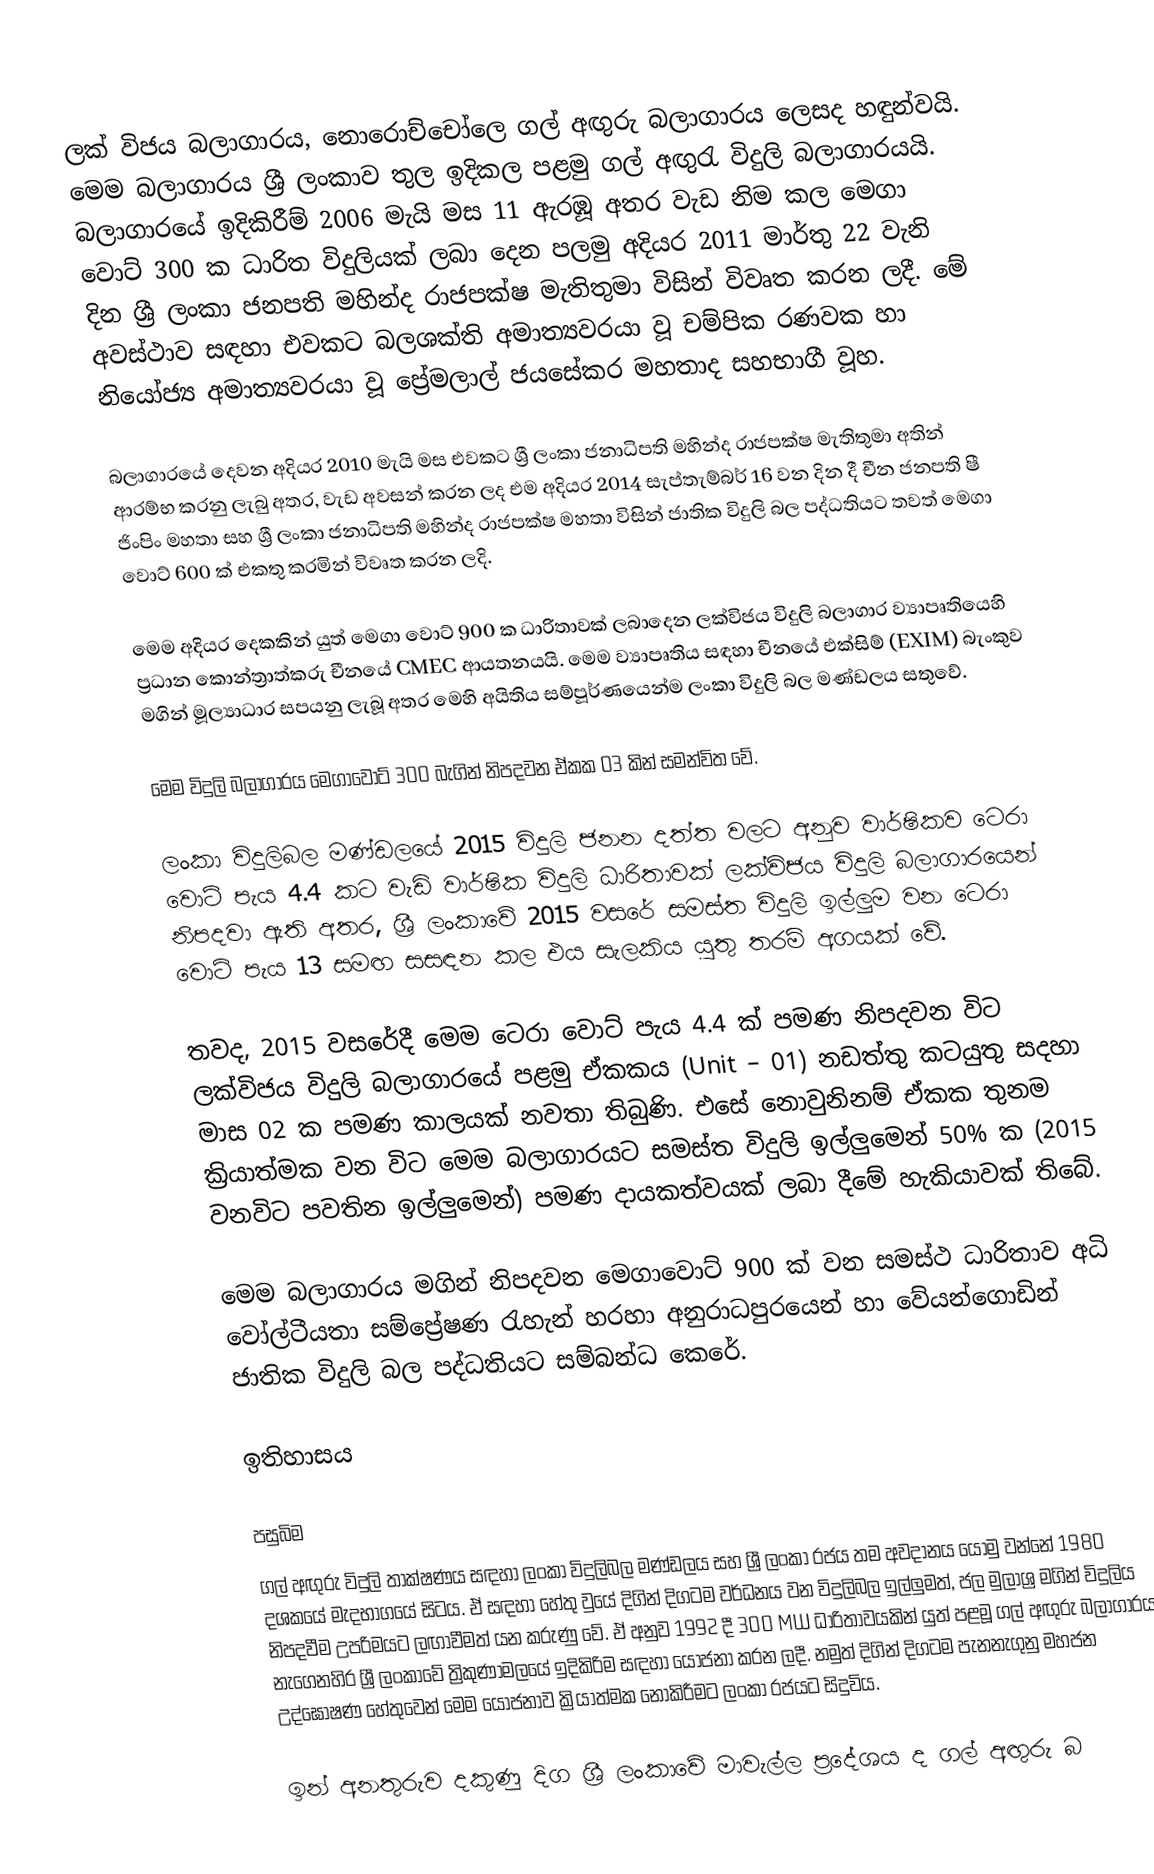
ලක් විජය බලාගාරය, නොරොච්චෝලෙ ගල් අඟුරු බලාගාරය ලෙසද හඳුන්වයි. මෙම බලාගාරය ශ්‍රී ලංකාව තුල ඉදිකල පළමු ගල් අඟුරැ විදුලි බලාගාරයයි. බලාගාරයේ ඉදිකිරීම් 2006 මැයි මස 11 ඇරඹූ අතර වැඩ නිම කල මෙගා වොට් 300 ක ධාරිත විදුලියක් ලබා දෙන පලමු අදියර 2011 මාර්තු 22 වැනි දින ශ්‍රී ලංකා ජනපති මහින්ද රාජපක්ෂ මැතිතුමා විසින් විවෘත කරන ලදී. මේ අවස්ථාව සඳහා එවකට බලශක්ති අමාත්‍යවරයා වූ චම්පික රණවක හා නියෝජ්‍ය අමාත්‍යවරයා වූ ප්‍රේමලාල් ජයසේකර මහතාද සහභාගී වූහ.

බලාගාරයේ දෙවන අදියර 2010 මැයි මස එවකට ශ්‍රී ලංකා ජනාධිපති මහින්ද රාජපක්ෂ මැතිතුමා අතින් ආරම්භ කරනු ලැබු අතර, වැඩ අවසන් කරන ලද එම අදියර 2014 සැප්තැම්බර් 16 වන දින දී චීන ජනපති ෂී ජිංපිං මහතා සහ ශ්‍රී ලංකා ජනාධිපති මහින්ද රාජපක්ෂ මහතා විසින් ජාතික විදුලි බල පද්ධතියට තවත් මෙගා වොට් 600 ක් එකතු කරමින් විවෘත කරන ලදි.

               මෙම අදියර දෙකකින් යුත් මෙගා වොට් 900 ක ධාරිතාවක් ලබාදෙන ලක්විජය විදුලි බලාගාර ව්‍යාපෘතියෙහි ප්‍රධාන කොන්ත්‍රාත්කරු චීනයේ CMEC ආයතනයයි. මෙම ව්‍යාපෘතිය සඳහා චීනයේ එක්සිම් (EXIM) බැංකුව මගින් මූල්‍යාධාර සපයනු ලැබූ අතර මෙහි අයිතිය සම්පූර්ණයෙන්ම ලංකා විදුලි බල මණ්ඩලය සතුවේ.

මෙම විදුලි බලාගාරය මෙගාවොට් 300 බැගින් නිපදවන ඒකක 03 කින් සමන්විත වේ.

ලංකා විදුලිබල මණ්ඩලයේ 2015 විදුලි ජනන දත්ත වලට අනුව වාර්ෂිකව ටෙරා වොට් පැය 4.4 කට වැඩි වාර්ෂික විදුලි ධාරිතාවක් ලක්විජය විදුලි බලාගාරයෙන් නිපදවා ඇති අතර, ශ්‍රී ලංකාවේ 2015 වසරේ සමස්ත විදුලි ඉල්ලුම වන ටෙරා වොට් පැය 13 සමඟ සසඳන කල එය සැලකිය යුතු තරම් අගයක් වේ.

තවද, 2015 වසරේදී මෙම ටෙරා වොට් පැය 4.4 ක් පමණ නිපදවන විට ලක්විජය විදුලි බලාගාරයේ පළමු ඒකකය (Unit – 01) නඩත්තු කටයුතු සදහා මාස 02 ක පමණ කාලයක් නවතා තිබුණි. එසේ නොවුනිනම් ඒකක තුනම ක්‍රියාත්මක වන විට මෙම බලාගාරයට සමස්ත විදුලි ඉල්ලුමෙන් 50% ක (2015 වනවිට පවතින ඉල්ලුමෙන්) පමණ දායකත්වයක් ලබා දීමේ හැකියාවක් තිබේ.

මෙම බලාගාරය මගින් නිපදවන මෙගාවොට් 900 ක් වන සමස්ථ ධාරිතාව අධි වෝල්ටීයතා සම්ප්‍රේෂණ රැහැන් හරහා අනුරාධපුරයෙන් හා වේයන්ගොඩින් ජාතික විදුලි බල පද්ධතියට සම්බන්ධ කෙරේ.

ඉතිහාසය

පසුබිම
ගල් අඟුරු විදුලි තාක්ෂණය සඳහා ලංකා විදුලිබල මණ්ඩලය සහ ශ්‍රී ලංකා රජය තම අවදානය යොමු වන්නේ 1980 දශකයේ මැදභාගයේ සිටය. ඒ සඳහා හේතු වුයේ දිගින් දිගටම වර්ධනය වන විදුලිබල ඉල්ලුමත්, ජල මුලාශ්‍ර මගින් විදුලිය නිපදවීම උපරිමයට ලඟාවීමත් යන කරුණු වේ. ඒ අනුව 1992 දී 300 MW ධාරිතාවයකින් යුත්  පළමූ ගල් අඟුරු බලාගාරය නැගෙනහිර ශ්‍රී ලංකාවේ ත්‍රිකුණාමලයේ ඉදිකිරිම සඳහා යෝජනා කරන ලදී. නමුත් දිගින් දිගටම පැනනැගුනු මහජන උද්ඝෝෂණ හේතුවෙන් මෙම යෝජනාව ක්‍රියාත්මක නොකිරීමට ලංකා රජයට සිදුවිය.

ඉන් අනතුරුව දකුණු දිග ශ්‍රී ලංකාවේ මාවැල්ල ප්‍රදේශය ද ගල් අඟුරු බ